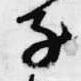
子